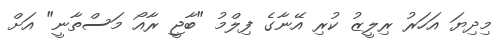
މިދިޔަ އަހަރު ރިލީޒު ކުރި އޭނާގެެ ފިލްމު "ބާޖީ ރާއޯ މަސްތާނީ" އަށް